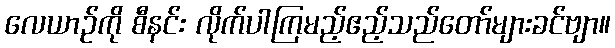
လေယာဉ်ကို စီနင်း လိုက်ပါကြမည့်ဧည့်သည်တော်များခင်ဗျာ။